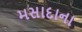
મસાદાના